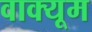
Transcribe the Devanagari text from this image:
वाक्यूम